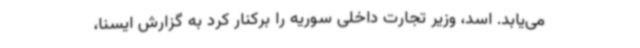
می‌یابد. اسد، وزیر تجارت داخلی سوریه را برکنار کرد به گزارش ایسنا،